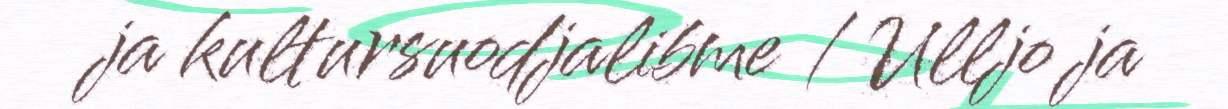
ja kultursuodjalibme / Ulljo ja